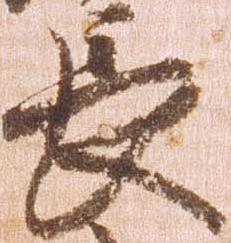
長